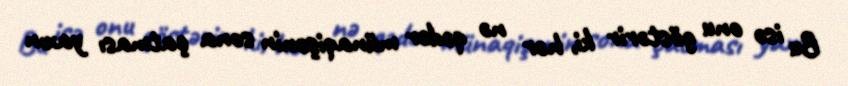
Bu isə onu göstərir ki, hər nə qədər münaqişənin sona çatması yaxın